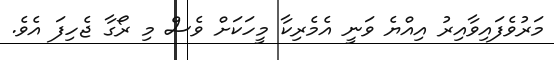
މަރުވެފައިވާއިރު އިއްޔެ ވަނީ އެމެރިކާ މީހަކަށް ވެސް މި ރޯގާ ޖެހިފަ އެވެ.